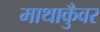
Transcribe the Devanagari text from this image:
माथाकुँवर